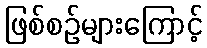
ဖြစ်စဉ်များကြောင့်